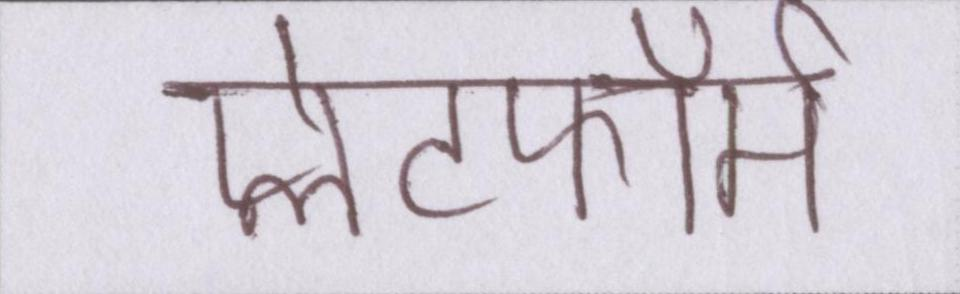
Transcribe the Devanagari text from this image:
प्लेटफॉर्म